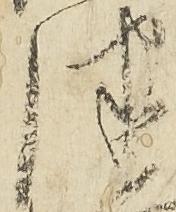
律